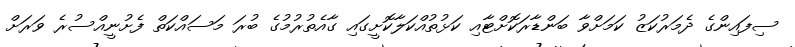
ސިފައިންގެ ދެމަރުކަޒު ކަމަށްވާ ބަންޑާރަކޮށްޓާއި ކަޅުތުއްކަލާކޮށީގައި ގާއެތުރުމުގެ ބުރަ މަސައްކަތް ފެށުނީއްސުރެ ވަރަށް